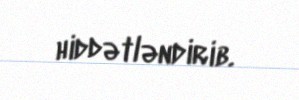
hiddətləndirib.